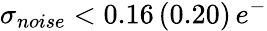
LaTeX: \sigma_{noise}<0.16\, (0.20)\, e^{-}